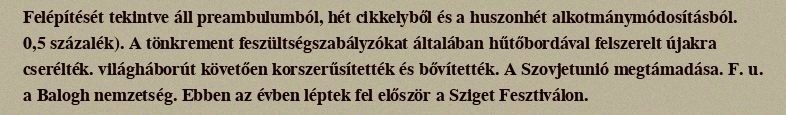
Felépítését tekintve áll preambulumból, hét cikkelyből és a huszonhét alkotmánymódosításból. 0,5 százalék). A tönkrement feszültségszabályzókat általában hűtőbordával felszerelt újakra cserélték. világháborút követően korszerűsítették és bővítették. A Szovjetunió megtámadása. F. u. a Balogh nemzetség. Ebben az évben léptek fel először a Sziget Fesztiválon.